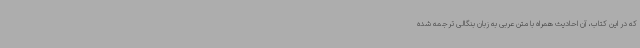
که در این کتاب، آن احادیث همراه با متن عربی به زبان بنگالی ترجمه شده